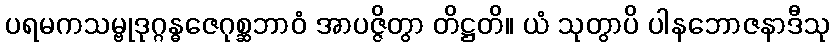
ပရမကသမ္ဗုဒုဂ္ဂန္ဓဇေဂုစ္ဆဘာဝံ အာပဇ္ဇိတွာ တိဋ္ဌတိ။ ယံ သုတွာပိ ပါနဘောဇနာဒီသု